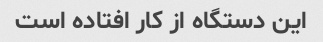
این دستگاه از کار افتاده است